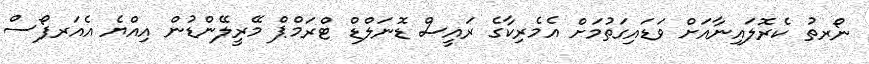
ނޯރތު ކެރޮލައިނާއަށް ވަޑައިގަތުމަށް އެމެރިކާގެ ރައީސް ޑޮނަލްޑް ޓްރަމްޕް މޭރީލޭންޑުން އިއްޔެ އެއަރފޯސް